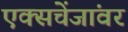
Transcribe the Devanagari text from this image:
एक्सचेंजांवर